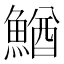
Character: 鰌